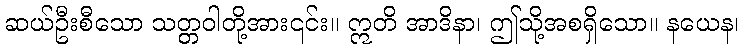
ဆယ်ဦးစီသော သတ္တဝါတို့အား၎င်း။ ဣတိ အာဒိနာ၊ ဤသို့အစရှိသော။ နယေန၊